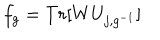
LaTeX: f _ { g } = T r [ W U _ { j , g ^ { - 1 } } ]